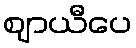
ဈာယီပေ